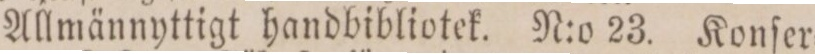
Allmännyttigt handbibliotek. N:o 23. Konſer=